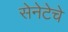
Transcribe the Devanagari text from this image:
सेनेटेचे